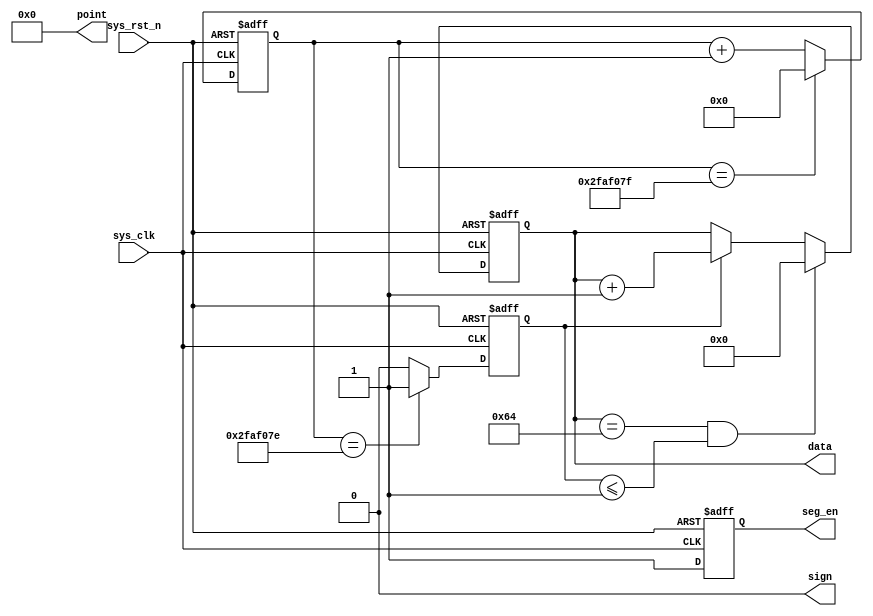
module data_get
#(
    parameter                           CNT_MAX = 26'd49_999_999   ,
    parameter                           DATA_MAX= 20'd100           
)
(
    input  wire                         sys_clk                    ,
    input  wire                         sys_rst_n                  ,
	
    output reg         [  19:0]         data                       ,
    output wire        [   5:0]         point                      ,
    output wire                         sign                       ,
    output reg                          seg_en                      
);

reg                    [  25:0]         cnt_100ms                  ;
reg                                     cnt_flag                   ;

always@(posedge sys_clk or negedge sys_rst_n)
    if(sys_rst_n == 1'b0)
        cnt_100ms <= 26'b0;
    else if(cnt_100ms == CNT_MAX)
        cnt_100ms <= 26'b0;
    else
        cnt_100ms <= cnt_100ms + 1'd1;
		
always@(posedge sys_clk or negedge sys_rst_n)
    if(sys_rst_n == 1'b0)
        cnt_flag <= 1'b0;
    else if(cnt_100ms == CNT_MAX - 1'd1)
        cnt_flag <= 1'b1;
    else
        cnt_flag <= 1'b0;
		
always@(posedge sys_clk or negedge sys_rst_n)
    if(sys_rst_n == 1'b0)
        data <= 20'd0;
    else if((data == DATA_MAX) && (cnt_flag <= 1'b1))
        data <= 20'd0;
    else if(cnt_flag == 1'b1)
        data <= data + 1'd1;
    else
        data <= data;
	
assign point = 6'b000_000;
assign sign  = 1'b0;

always@(posedge sys_clk or negedge sys_rst_n)
    if(sys_rst_n == 1'b0)
        seg_en <= 1'b0;
    else
        seg_en <= 1'b1;
	
	
	
endmodule